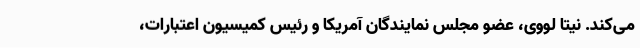
می‌کند. نیتا لووی، عضو مجلس نمایندگان آمریکا و رئیس کمیسیون اعتبارات،